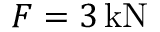
F = 3 \, \mathrm { k N }